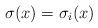
LaTeX: \begin{align*}\sigma(x) = \sigma_i(x) \end{align*}